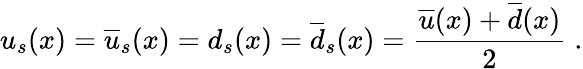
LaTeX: u_{s}(x)=\overline{{{u}}}_{s}(x)=d_{s}(x)=\overline{{{d}}}_{s}(x)=\frac{\overline{{{u}}}(x)+\overline{{{d}}}(x)}{2}\; .